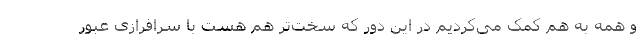
و همه به هم کمک می‌کردیم در این دور که سخت‌تر هم هست با سرافرازی عبور